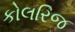
કોલરિજ